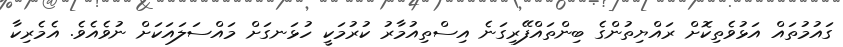
ގައުމުތައް އަޅުވެތިކޮށް ރައްޔިތުންގެ ބިންތައްފޭރިގަނެ އިސްތިއުމާރު ކުރުމަކީ ހުޅަނގަށް މައްސަލައަކަށް ނުވެއެވެ. އެމެރިކާ